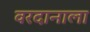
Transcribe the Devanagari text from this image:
वरदानाला